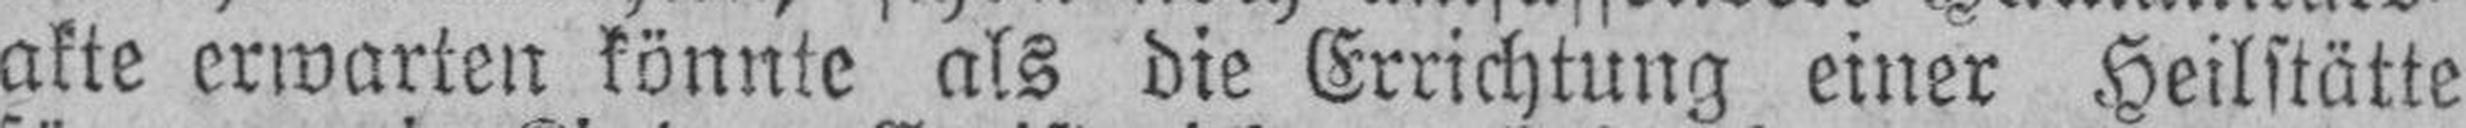
akte erwarten könnte als die Errichtung einer Heilstätte